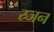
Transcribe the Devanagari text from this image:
स्र्जन